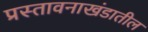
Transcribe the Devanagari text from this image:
प्रस्तावनाखंडातील